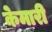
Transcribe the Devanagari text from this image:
केमारी